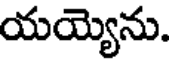
యయ్యెను.